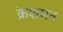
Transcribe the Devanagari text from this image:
क्रेशमन